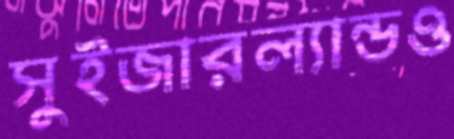
সুইজারল্যান্ডও